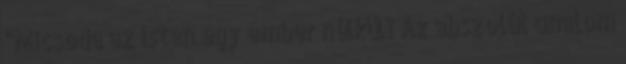
"Micsoda az Isten egy ember nélkül? Az abszolút unalom